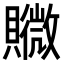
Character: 𧸮